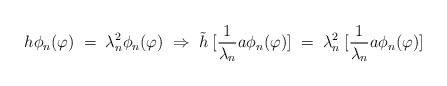
\begin{align*}h \phi_n (\varphi) \;=\; \lambda_n^2 \phi_n (\varphi) \;\Rightarrow\;{\tilde h} \; [\frac{1}{\lambda_n} a\phi_n (\varphi)] \;=\; \lambda_n^2 \;[\frac{1}{\lambda_n} a\phi_n (\varphi)] \end{align*}